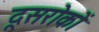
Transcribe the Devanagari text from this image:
दूसरोकों